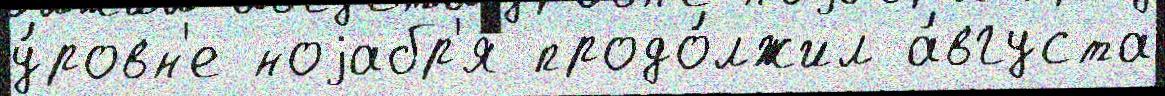
у́ровн'е ноjабр'я́ продо́лжил а́вгуста